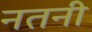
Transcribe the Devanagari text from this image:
नतनी